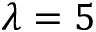
\lambda = 5